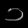
Digit: ၁